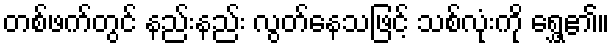
တစ်ဖက်တွင် နည်းနည်း လွတ်နေသဖြင့် သစ်လုံးကို ရွှေ့၏။